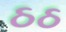
ઠઠ